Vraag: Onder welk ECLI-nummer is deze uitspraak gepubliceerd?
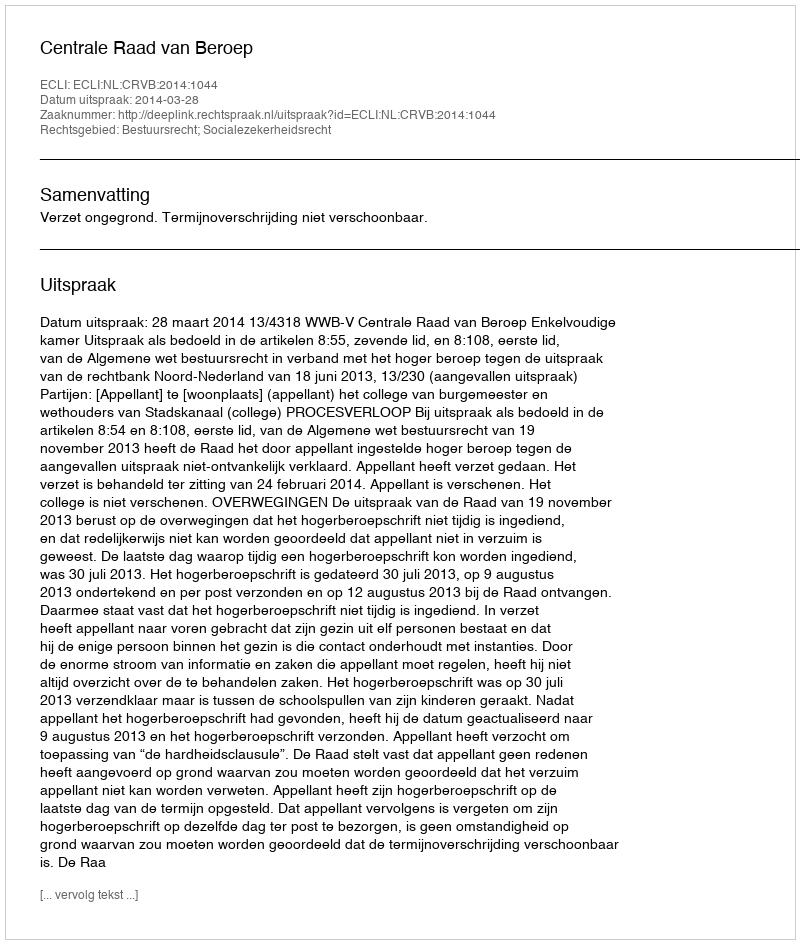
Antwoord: ECLI:NL:CRVB:2014:1044